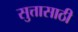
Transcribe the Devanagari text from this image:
सुत्तासाठी